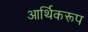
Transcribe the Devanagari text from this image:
आर्थिकरूप